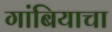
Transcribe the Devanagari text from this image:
गांबियाचा